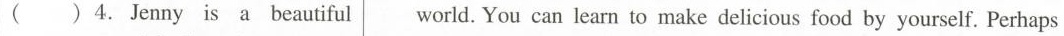
( )4.Jenny is a beautiful world. You can learn to make delicious food by yourself. Perhaps